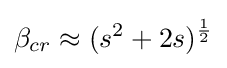
\beta _{cr}\approx (s^{2}+2s)^{\frac {1}{2}}